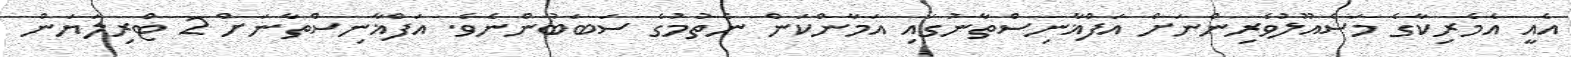
އެއީ އެމެރިކާގެ މަސްއޫލުވެރިންނަށް އަފްޣާނިސްތާނުގައި އަމާންކަން ނެތުމުގެ ސަބަބުންނެވެ. އަފްޣާނިސްތާނަށް 2 ޓްރިލަޔަން